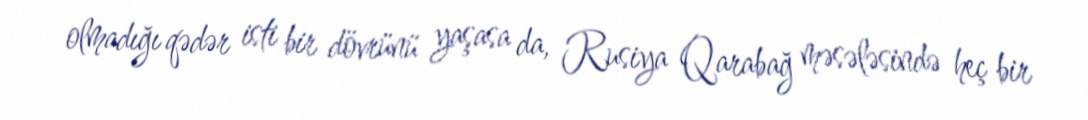
olmadığı qədər isti bir dövrünü yaşasa da, Rusiya Qarabağ məsələsində heç bir